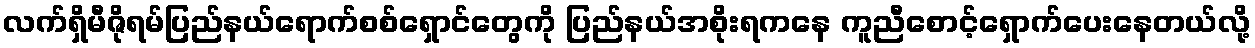
လက်ရှိမီဇိုရမ်ပြည်နယ်ရောက်စစ်ရှောင်တွေကို ပြည်နယ်အစိုးရကနေ ကူညီစောင့်ရှောက်ပေးနေတယ်လို့